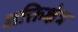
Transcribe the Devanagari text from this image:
शक्तिक्षेत्र